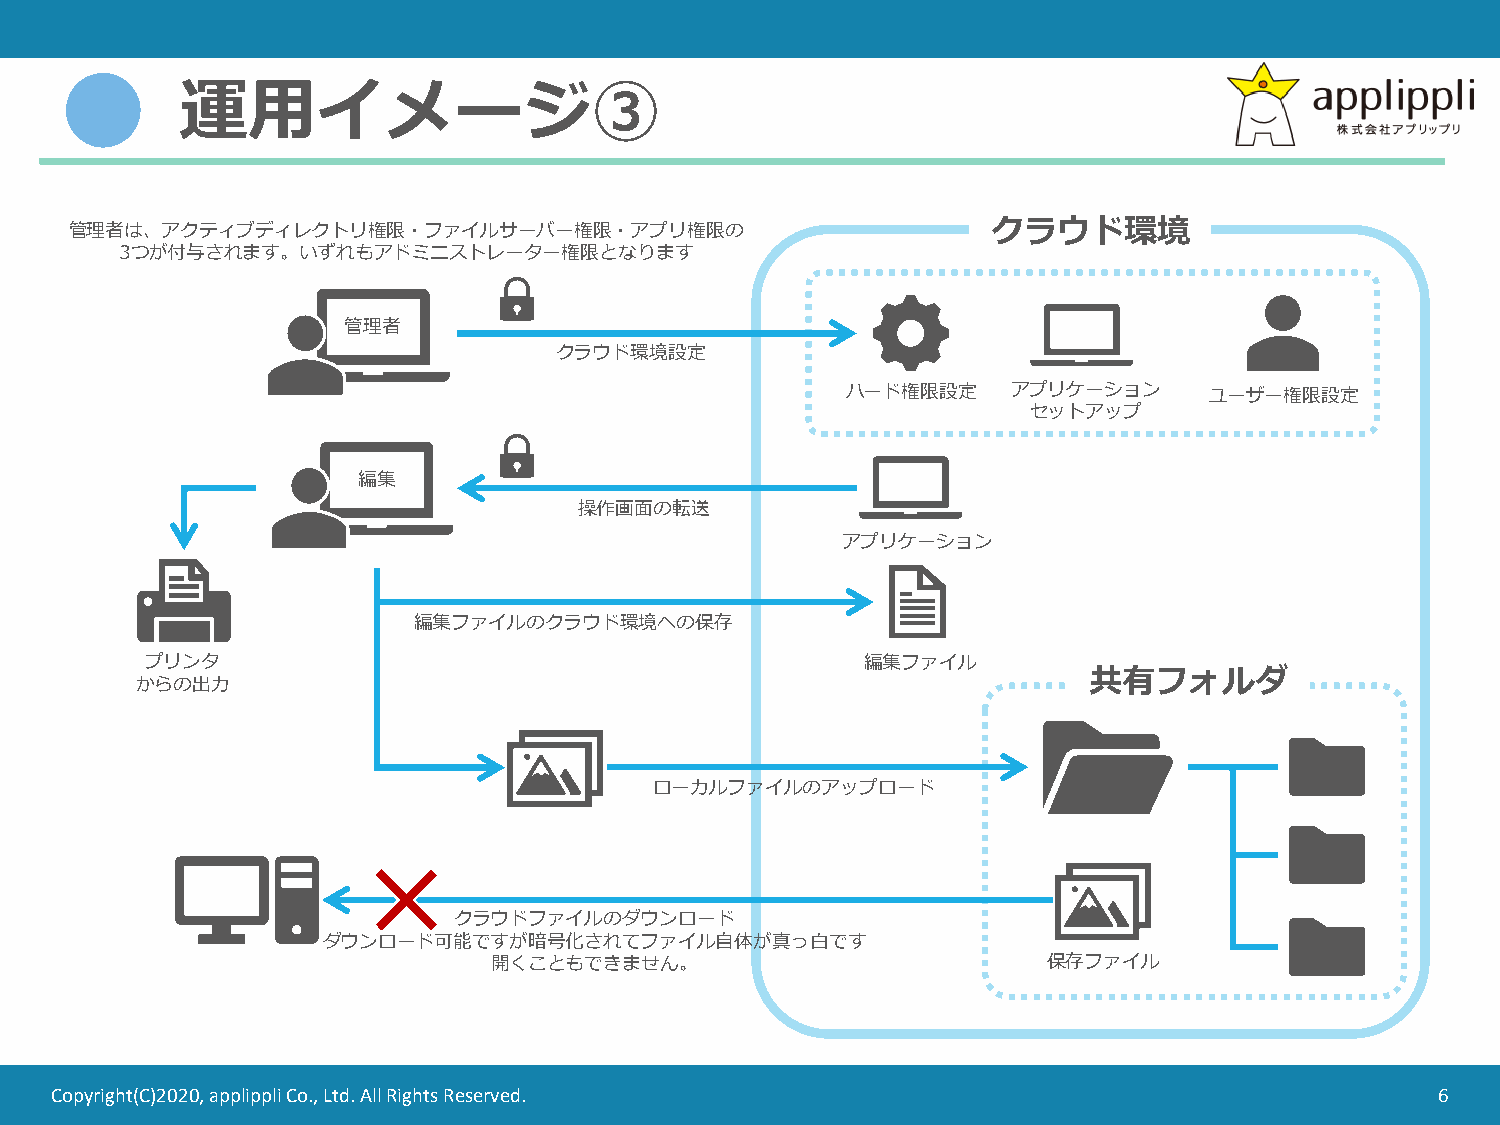
運用イメージ③
 クラウド環境
 管理者は、アクティブディレクトリ権限・ファイルサーバー権限・アプリ権限の
 3つが付与されます。いずれもアドミニストレーター権限となります
 管理者
 クラウド環境設定
 ハード権限設定    アプリケーション     ユーザー権限設定
 セットアップ
 編集
 操作画面の転送
 アプリケーション
 編集ファイルのクラウド環境への保存
 プリンタ                                           編集ファイル
 共有フォルダ
 からの出力
 ローカルファイルのアップロード
 クラウドファイルのダウンロード
 ダウンロード可能ですが暗号化されてファイル自体が真っ白です
 開くこともできません。                         保存ファイル
 Copyright(C)2020, applippli Co., Ltd. All Rights Reserved.                                  6